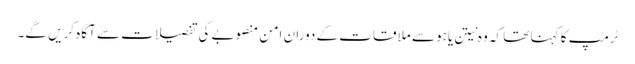
ٹرمپ کا کہنا تھا کہ وہ نیتن یاہو سے ملاقات کے دوران امن منصوبے کی تفصیلات سے آگاہ کریں گے۔